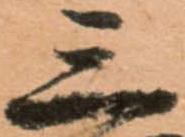
三